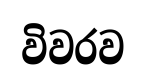
විවරව